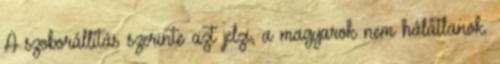
A szoborállítás szerinte azt jelzi, a magyarok nem hálátlanok.